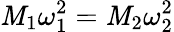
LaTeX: \mathit{M}_{1}\omega_{1}^{2}=\mathit{M}_{2}\omega_{2}^{2}